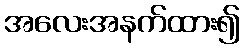
အလေးအနက်ထား၍